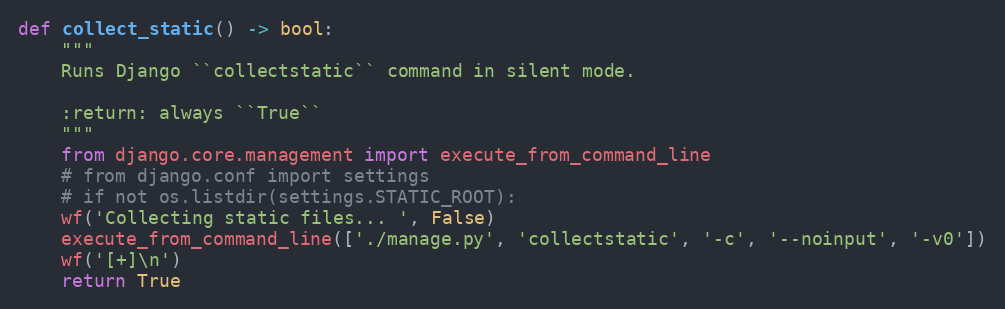
Language: Python
def collect_static() -> bool:
    """
    Runs Django ``collectstatic`` command in silent mode.

    :return: always ``True``
    """
    from django.core.management import execute_from_command_line
    # from django.conf import settings
    # if not os.listdir(settings.STATIC_ROOT):
    wf('Collecting static files... ', False)
    execute_from_command_line(['./manage.py', 'collectstatic', '-c', '--noinput', '-v0'])
    wf('[+]\n')
    return True